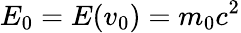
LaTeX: E_{0}=E(v_{0})=m_{0}c^{2}